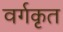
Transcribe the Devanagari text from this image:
वर्गकृत